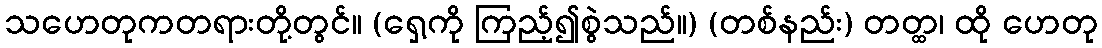
သဟေတုကတရားတို့တွင်။ (ရှေ့ကို ကြည့်၍စွဲသည်။) (တစ်နည်း) တတ္ထ၊ ထို ဟေတု